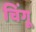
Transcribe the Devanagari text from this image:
चिंगू